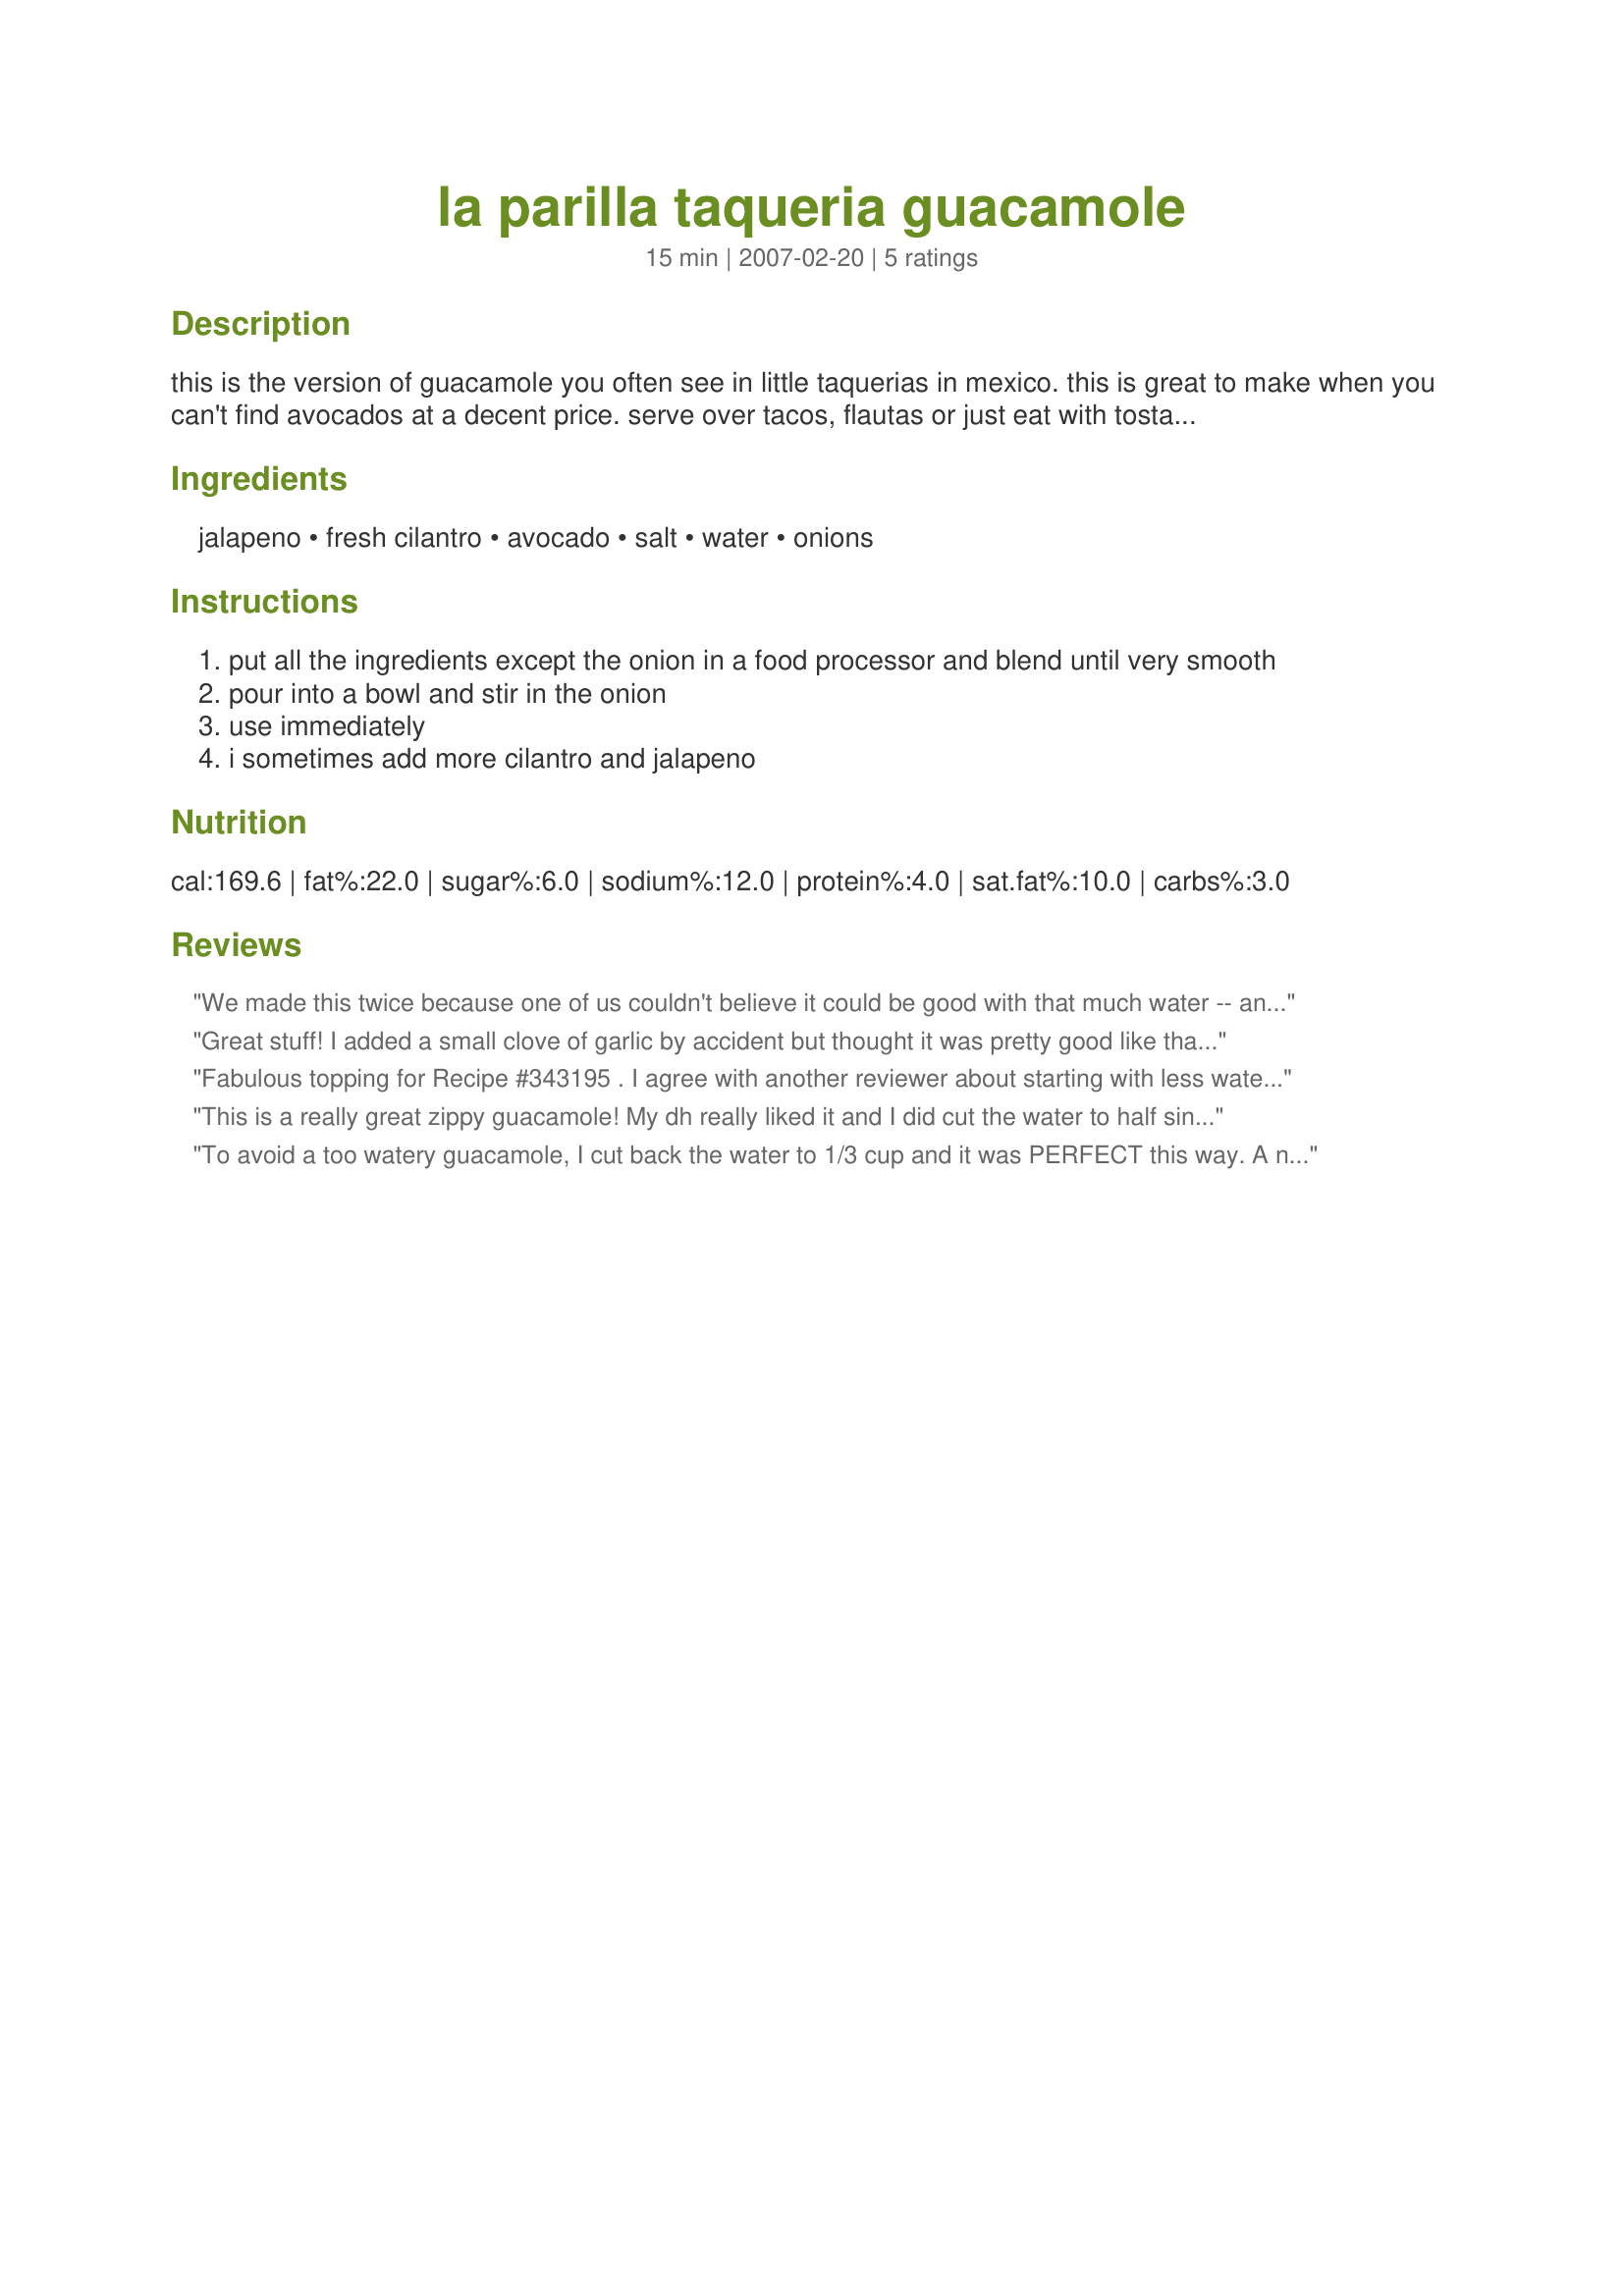
la parilla taqueria guacamole
Preparation time: 15 minutes

this is the version of guacamole you often see in little taquerias in mexico. this is great to make when you can't find avocados at a decent price. serve over tacos, flautas or just eat with tostada chips.

Ingredients:
jalapeno, fresh cilantro, avocado, salt, water, onions

Steps:
put all the ingredients except the onion in a food processor and blend until very smooth
pour into a bowl and stir in the onion
use immediately
i sometimes add more cilantro and jalapeno

Reviews:
We made this twice because one of us couldn't believe it could be good with that much water -- and it's honestly better with much less, but the idea of the recipe was to extend the avocado, and you have to trust it; it works. The result is a soft, creamy guacamole that goes best as a sauce or topping, but the flavor is all there: in ours, the jalapeno's pepper flavor came through stronger than its heat. Made for PAC Fall '08.
Great stuff! I added a small clove of garlic by accident but thought it was pretty good like that. Had it with recipe #264556, great together!
Fabulous topping for Recipe #343195 . I agree with another reviewer about starting with less water and adding if you need to. 1/4 cup water made a really smooth guacamole and 1/3 cup made for a sauce (like in Lavender Lynn's photo). I don't think I could go back to regular guacamole after this! Thanks SimplyME for posting.
Roxygirl
This is a really great zippy guacamole! My dh really liked it and I did cut the water to half since I was able to find avocados at a really decent price. I've never used cilantro in guacamole and I don't kno why not, it was perfect! I did add a little garlic because....well...I love garlic! This was made for Fall PAC 2007. Thanks Viviane!
To avoid a too watery guacamole, I cut back the water to 1/3 cup and it was PERFECT this way. A nice light, smooth, whipped consistency with lots of flavor.
